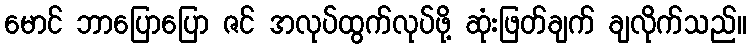
မောင် ဘာပြောပြော ဇင် အလုပ်ထွက်လုပ်ဖို့ ဆုံးဖြတ်ချက် ချလိုက်သည်။